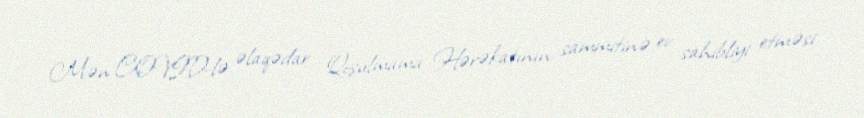
Mən COVID-lə əlaqədar Qoşulmama Hərəkatının sammitinə ev sahibliyi etməsi